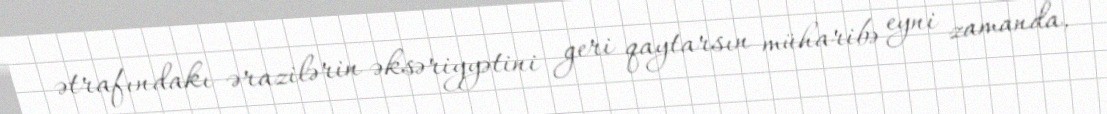
ətrafındakı ərazilərin əksəriyyətini geri qaytarsın müharibə eyni zamanda,